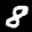
Label: 8